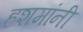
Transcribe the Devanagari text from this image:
हशमांनी